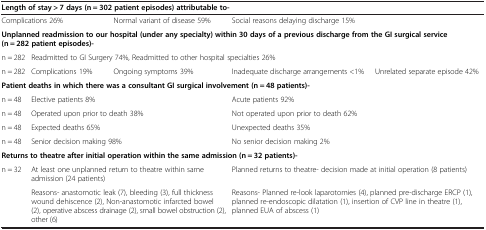
<table><thead><tr><td colspan="5"><b>Length of stay &gt; 7 days (n = 302 patient episodes) attributable to-</b></td></tr></thead><tbody><tr><td colspan="2">Complications 26%</td><td>Normal variant of disease 59%</td><td colspan="2">Social reasons delaying discharge 15%</td></tr><tr><td colspan="5"><b>Unplanned readmission to our hospital (under any specialty) within 30 days of a previous discharge from the GI surgical service (n = 282 patient episodes)-</b></td></tr><tr><td>n = 282</td><td colspan="4">Readmitted to GI Surgery 74%, Readmitted to other hospital specialties 26%</td></tr><tr><td>n = 282</td><td>Complications 19%</td><td>Ongoing symptoms 39%</td><td>Inadequate discharge arrangements &lt;1%</td><td>Unrelated separate episode 42%</td></tr><tr><td colspan="5"><b>Patient deaths in which there was a consultant GI surgical involvement (n = 48 patients)-</b></td></tr><tr><td>n = 48</td><td colspan="2">Elective patients 8%</td><td colspan="2">Acute patients 92%</td></tr><tr><td>n = 48</td><td colspan="2">Operated upon prior to death 38%</td><td colspan="2">Not operated upon prior to death 62%</td></tr><tr><td>n = 48</td><td colspan="2">Expected deaths 65%</td><td colspan="2">Unexpected deaths 35%</td></tr><tr><td>n = 48</td><td colspan="2">Senior decision making 98%</td><td colspan="2">No senior decision making 2%</td></tr><tr><td colspan="5"><b>Returns to theatre after initial operation within the same admission (n = 32 patients)-</b></td></tr><tr><td rowspan="2">n = 32</td><td colspan="2">At least one unplanned return to theatre within same admission (24 patients)</td><td colspan="2">Planned returns to theatre- decision made at initial operation (8 patients)</td></tr><tr><td colspan="2">Reasons- anastomotic leak (7), bleeding (3), full thickness wound dehiscence (2), Non-anastomotic infarcted bowel (2), operative abscess drainage (2), small bowel obstruction (2), other (6)</td><td colspan="2">Reasons- Planned re-look laparotomies (4), planned pre-discharge ERCP (1), planned re-endoscopic dilatation (1), insertion of CVP line in theatre (1), planned EUA of abscess (1)</td></tr></tbody></table>